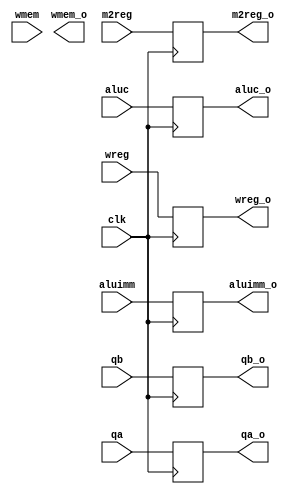
`timescale 1ns / 1ps


module IDEXE(input clk, input wreg, input m2reg, input wmem, input [3:0] aluc, input aluimm, input [31:0] qa, input [31:0] qb, 
output reg wreg_o, output reg [3:0] aluc_o, output reg m2reg_o, output reg wmem_o, output reg aluimm_o, output reg [31:0] qa_o, output reg [31:0] qb_o
    ); // set output to input @ posedge clk
    always @(posedge clk)
    begin
     wreg_o<=wreg;
     aluc_o<=aluc;
     m2reg_o<=m2reg;
     aluimm_o<=aluimm;
     qa_o<=qa;
     qb_o<=qb;
    end
endmodule